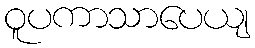
ဝူပကာသာပေယျ